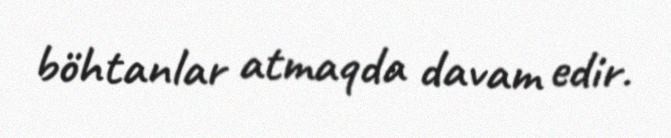
böhtanlar atmaqda davam edir.